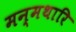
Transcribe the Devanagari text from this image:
मन्मथारि